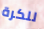
للكرة